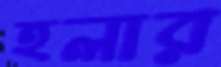
হলার